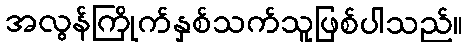
အလွန်ကြိုက်နှစ်သက်သူဖြစ်ပါသည်။